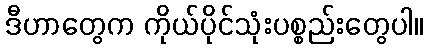
ဒီဟာတွေက ကိုယ်ပိုင်သုံးပစ္စည်းတွေပါ။